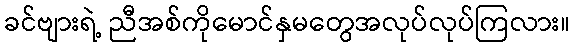
ခင်ဗျားရဲ့ ညီအစ်ကိုမောင်နှမတွေအလုပ်လုပ်ကြလား။